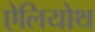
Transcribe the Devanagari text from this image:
ऐलियोथ